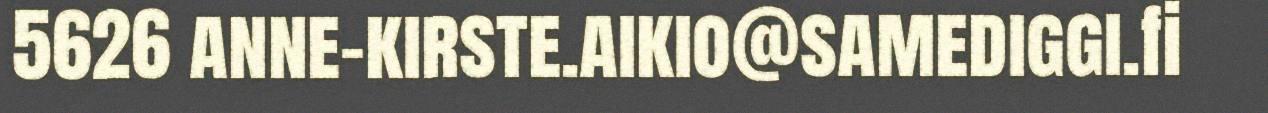
5626 anne-kirste.aikio@samediggi.fi